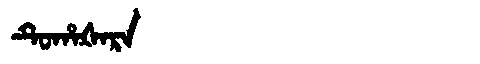
Manchu: ᡨᡠᡥᠠᡧᠠᡵᠠ
Romanization: TUHAŠARA